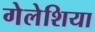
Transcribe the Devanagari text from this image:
गेलेशिया